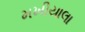
મખીયાલા